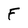
Character: F